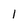
Character: 1